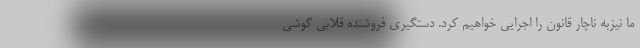
ما نیزبه ناچار قانون را اجرایی خواهیم کرد. دستگیری فروشنده قلابی گوشی